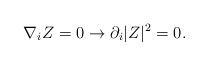
\begin{align*}\nabla_i Z =0 \rightarrow \partial _i \vert Z \vert ^2 =0.\end{align*}